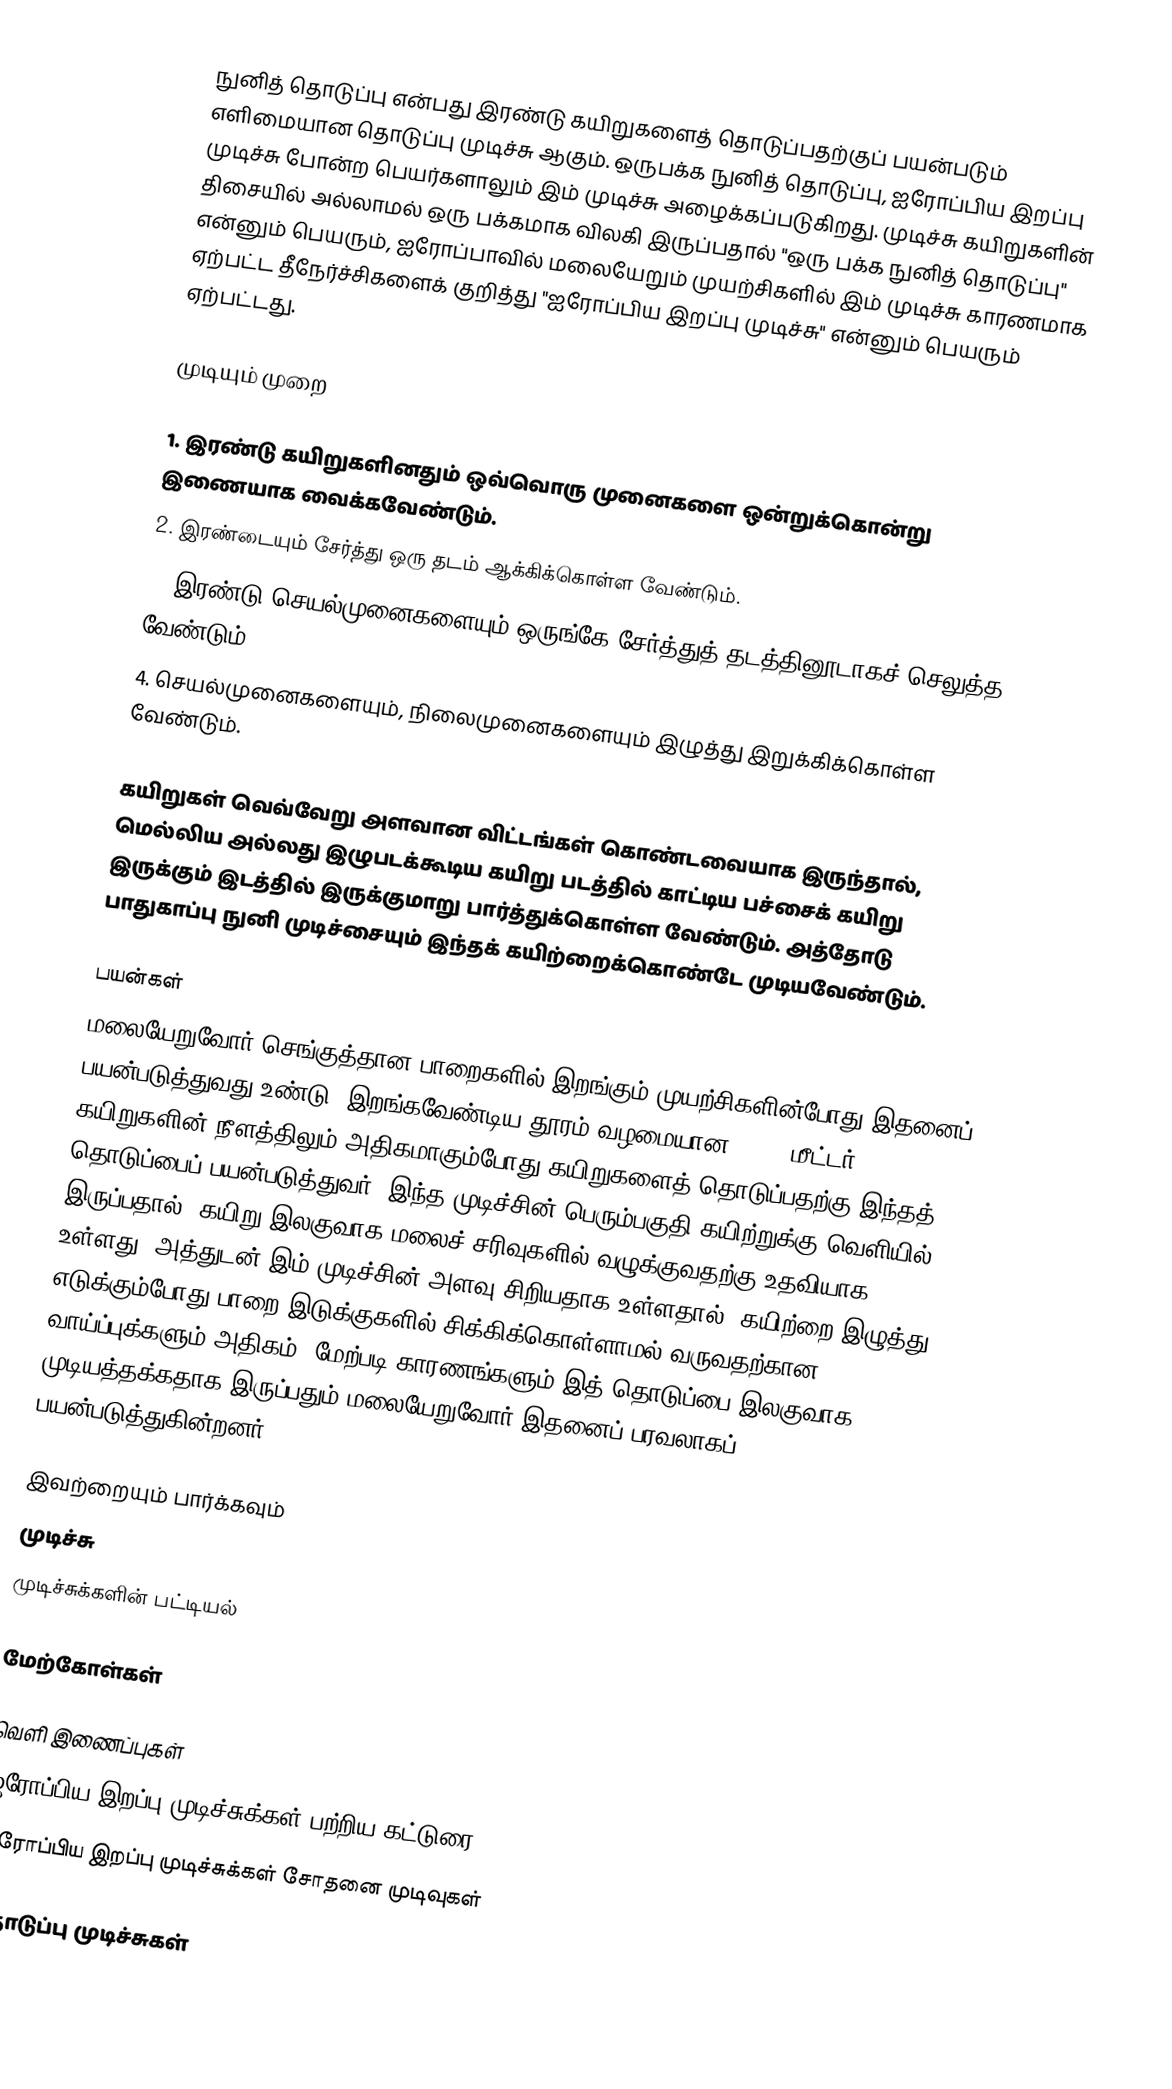
நுனித் தொடுப்பு என்பது இரண்டு கயிறுகளைத் தொடுப்பதற்குப் பயன்படும் எளிமையான தொடுப்பு முடிச்சு ஆகும். ஒருபக்க நுனித் தொடுப்பு, ஐரோப்பிய இறப்பு முடிச்சு போன்ற பெயர்களாலும் இம் முடிச்சு அழைக்கப்படுகிறது. முடிச்சு கயிறுகளின் திசையில் அல்லாமல் ஒரு பக்கமாக விலகி இருப்பதால் "ஒரு பக்க நுனித் தொடுப்பு" என்னும் பெயரும், ஐரோப்பாவில் மலையேறும் முயற்சிகளில் இம் முடிச்சு காரணமாக ஏற்பட்ட தீநேர்ச்சிகளைக் குறித்து "ஐரோப்பிய இறப்பு முடிச்சு" என்னும் பெயரும் ஏற்பட்டது.

முடியும் முறை

1. இரண்டு கயிறுகளினதும் ஒவ்வொரு முனைகளை ஒன்றுக்கொன்று இணையாக வைக்கவேண்டும்.
2. இரண்டையும் சேர்த்து ஒரு தடம் ஆக்கிக்கொள்ள வேண்டும்.
3. இரண்டு செயல்முனைகளையும் ஒருங்கே சேர்த்துத் தடத்தினூடாகச் செலுத்த வேண்டும்.
4. செயல்முனைகளையும், நிலைமுனைகளையும் இழுத்து இறுக்கிக்கொள்ள வேண்டும்.

கயிறுகள் வெவ்வேறு அளவான விட்டங்கள் கொண்டவையாக இருந்தால், மெல்லிய அல்லது இழுபடக்கூடிய கயிறு படத்தில் காட்டிய பச்சைக் கயிறு இருக்கும் இடத்தில் இருக்குமாறு பார்த்துக்கொள்ள வேண்டும். அத்தோடு பாதுகாப்பு நுனி முடிச்சையும் இந்தக் கயிற்றைக்கொண்டே முடியவேண்டும்.

பயன்கள்
மலையேறுவோர் செங்குத்தான பாறைகளில் இறங்கும் முயற்சிகளின்போது இதனைப் பயன்படுத்துவது உண்டு. இறங்கவேண்டிய தூரம் வழமையான 50-60 மீட்டர் கயிறுகளின் நீளத்திலும் அதிகமாகும்போது கயிறுகளைத் தொடுப்பதற்கு இந்தத் தொடுப்பைப் பயன்படுத்துவர். இந்த முடிச்சின் பெரும்பகுதி கயிற்றுக்கு வெளியில் இருப்பதால், கயிறு இலகுவாக மலைச் சரிவுகளில் வழுக்குவதற்கு உதவியாக உள்ளது. அத்துடன் இம் முடிச்சின் அளவு சிறியதாக உள்ளதால், கயிற்றை இழுத்து எடுக்கும்போது பாறை இடுக்குகளில் சிக்கிக்கொள்ளாமல் வருவதற்கான வாய்ப்புக்களும் அதிகம். மேற்படி காரணங்களும் இத் தொடுப்பை இலகுவாக முடியத்தக்கதாக இருப்பதும் மலையேறுவோர் இதனைப் பரவலாகப் பயன்படுத்துகின்றனர்.

இவற்றையும் பார்க்கவும்
 முடிச்சு
 முடிச்சுக்களின் பட்டியல்

மேற்கோள்கள்

வெளி இணைப்புகள்
 ஐரோப்பிய இறப்பு முடிச்சுக்கள் பற்றிய கட்டுரை
 ஐரோப்பிய இறப்பு முடிச்சுக்கள் சோதனை முடிவுகள்

தொடுப்பு முடிச்சுகள்